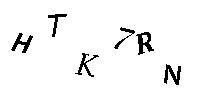
HTK7RN